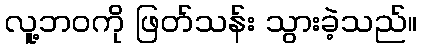
လူ့ဘဝကို ဖြတ်သန်း သွားခဲ့သည်။